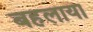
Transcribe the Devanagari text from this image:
बहलाया